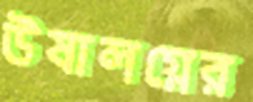
উষালগ্নের